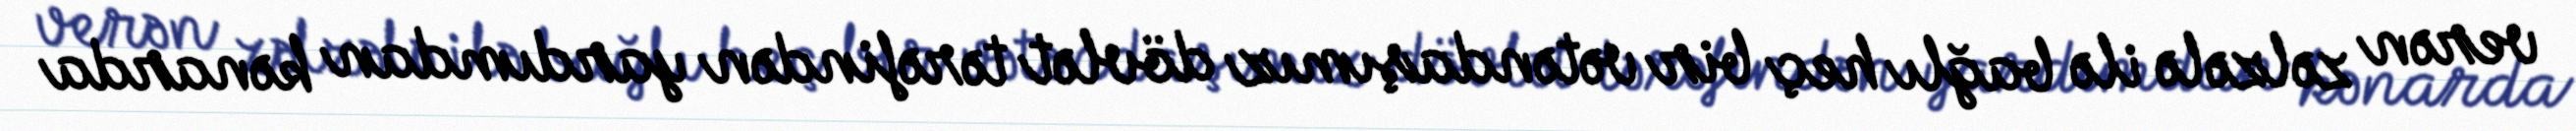
verən zəlzələ ilə bağlı heç bir vətəndaşımız dövlət tərəfindən yardımdan kənarda